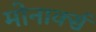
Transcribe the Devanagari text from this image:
मोनार्क्स